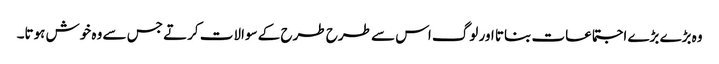
وہ بڑے بڑے اجتماعات بناتا اور لوگ اس سے طرح طرح کے سوالات کرتے جس سے وہ خوش ہوتا۔